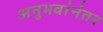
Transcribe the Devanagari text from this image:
अनुभवांनंतर